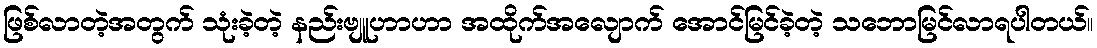
ဖြစ်လာတဲ့အတွက် သုံးခဲ့တဲ့ နည်းဗျူဟာဟာ အထိုက်အလျောက် အောင်မြင်ခဲ့တဲ့ သဘောမြင်လာရပါတယ်။